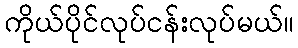
ကိုယ်ပိုင်လုပ်ငန်းလုပ်မယ်။